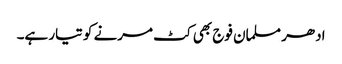
ادھر مسلمان فوج بھی کٹ مرنے کو تیار ہے۔